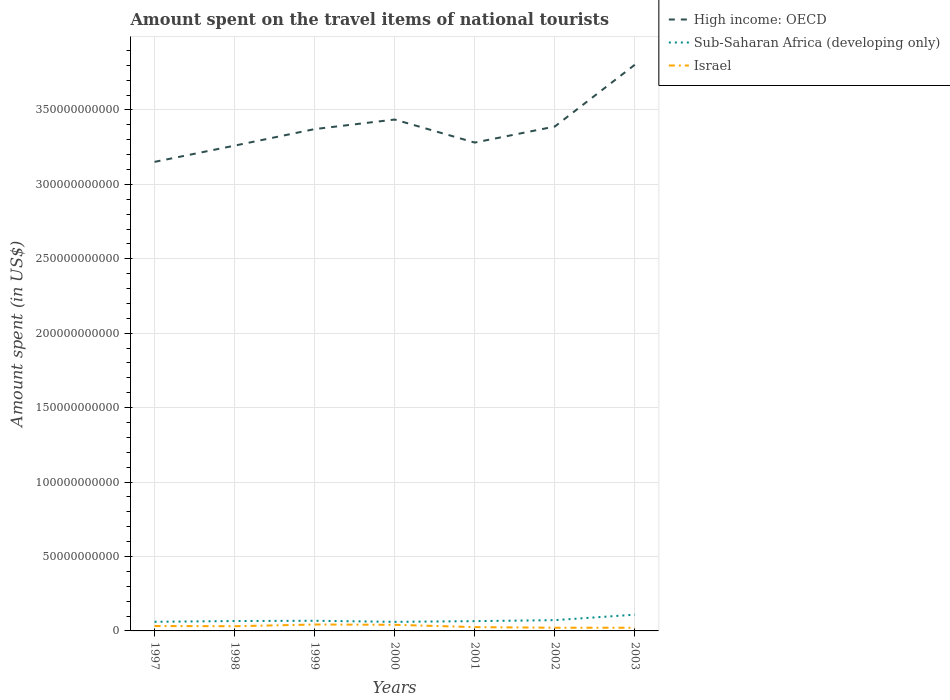
| Years | High income: OECD | Sub-Saharan Africa (developing only) | Israel |
 | --- | --- | --- | --- |
 | 1997 | 3.15e+11 | 6.13e+09 | 3.3e+09 |
 | 1998 | 3.26e+11 | 6.64e+09 | 3.16e+09 |
 | 1999 | 3.37e+11 | 6.82e+09 | 4.3e+09 |
 | 2000 | 3.44e+11 | 6.09e+09 | 4.11e+09 |
 | 2001 | 3.28e+11 | 6.57e+09 | 2.56e+09 |
 | 2002 | 3.39e+11 | 7.24e+09 | 2.14e+09 |
 | 2003 | 3.8e+11 | 1.09e+10 | 2.13e+09 |